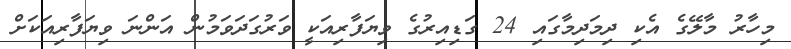
މިހާރު މާލޭގެ އެކި ދިމަދިމާގައި 24 ގަޑިއިރުގެ ވިޔަފާރިއަކީ ވަރުގަދަވަމުން އަންނަ ވިޔަފާރިއަކަށް